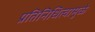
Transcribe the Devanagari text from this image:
प्रतिनिधित्वामुळे